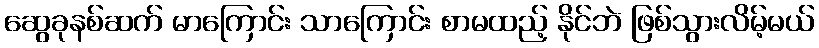
ဆွေခုနစ်ဆက် မာကြောင်း သာကြောင်း စာမထည့် နိုင်ဘဲ ဖြစ်သွားလိမ့်မယ်